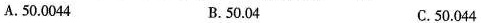
A.50.0044 B.50.04 C.50.044